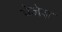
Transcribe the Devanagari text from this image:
पेजेज़